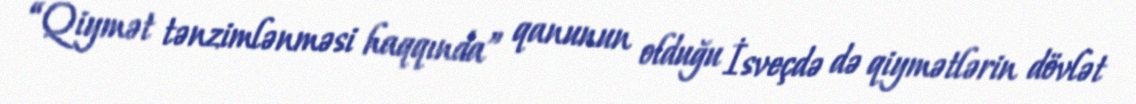
“Qiymət tənzimlənməsi haqqında” qanunun olduğu İsveçdə də qiymətlərin dövlət